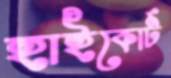
হাইকোর্ট